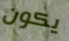
يكون